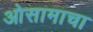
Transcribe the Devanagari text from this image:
ओसामाचा